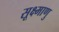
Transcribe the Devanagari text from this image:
सूक्ष्माणु